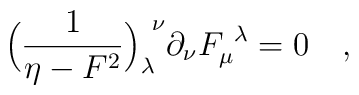
\Bigl( {1\over \eta - F^2} \Bigr)_\lambda^{\ \nu}\partial_\nu F_\mu^{\ \lambda} = 0 \quad ,